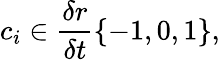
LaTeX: c_{i}\in\frac{\delta r}{\delta t}\{ -1,0,1\} ,